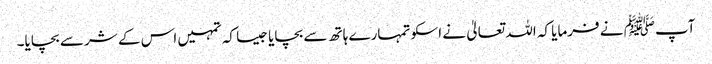
آپﷺ نے فرمایا کہ اللہ تعالیٰ نے اسکو تمہارے ہاتھ سے بچایا جیسا کہ تمہیں اس کے شر سے بچایا۔